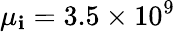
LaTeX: \mu_{\mathbf{i}}=3.5\times10^{9}